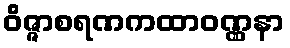
ဝိဇ္ဇာစရဏကထာဝဏ္ဏနာ